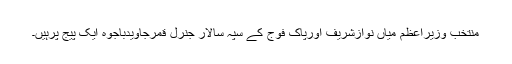
منتخب وزیراعظم میاں نوازشریف اورپاک فوج کے سپہ سالار جنرل قمرجاویدباجوہ ایک پیج پرہیں۔